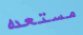
مستعده